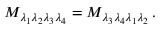
{ \cal M } _ { \lambda _ { 1 } \lambda _ { 2 } \lambda _ { 3 } \lambda _ { 4 } } = { \cal M } _ { \lambda _ { 3 } \lambda _ { 4 } \lambda _ { 1 } \lambda _ { 2 } } \, .